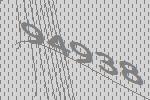
94938